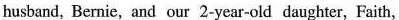
husband,Bernie,and our 2-year-old daughter, Faith,